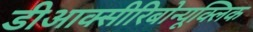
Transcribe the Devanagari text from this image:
डीआक्सीरिबोन्यूक्लिक